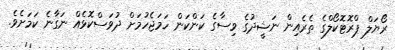
ރޯޔަލް ޕްރޮޓޮކޯލްގެ ތެރެއިން ނަޝީދުގެ ވިސާގެ ކަންކަން ހަމަޖެހުމަށް ދުވަސްކޮޅެއް ނަގާނެ ކަމަށެވެ.